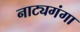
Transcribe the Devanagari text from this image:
नाट्यगंगा